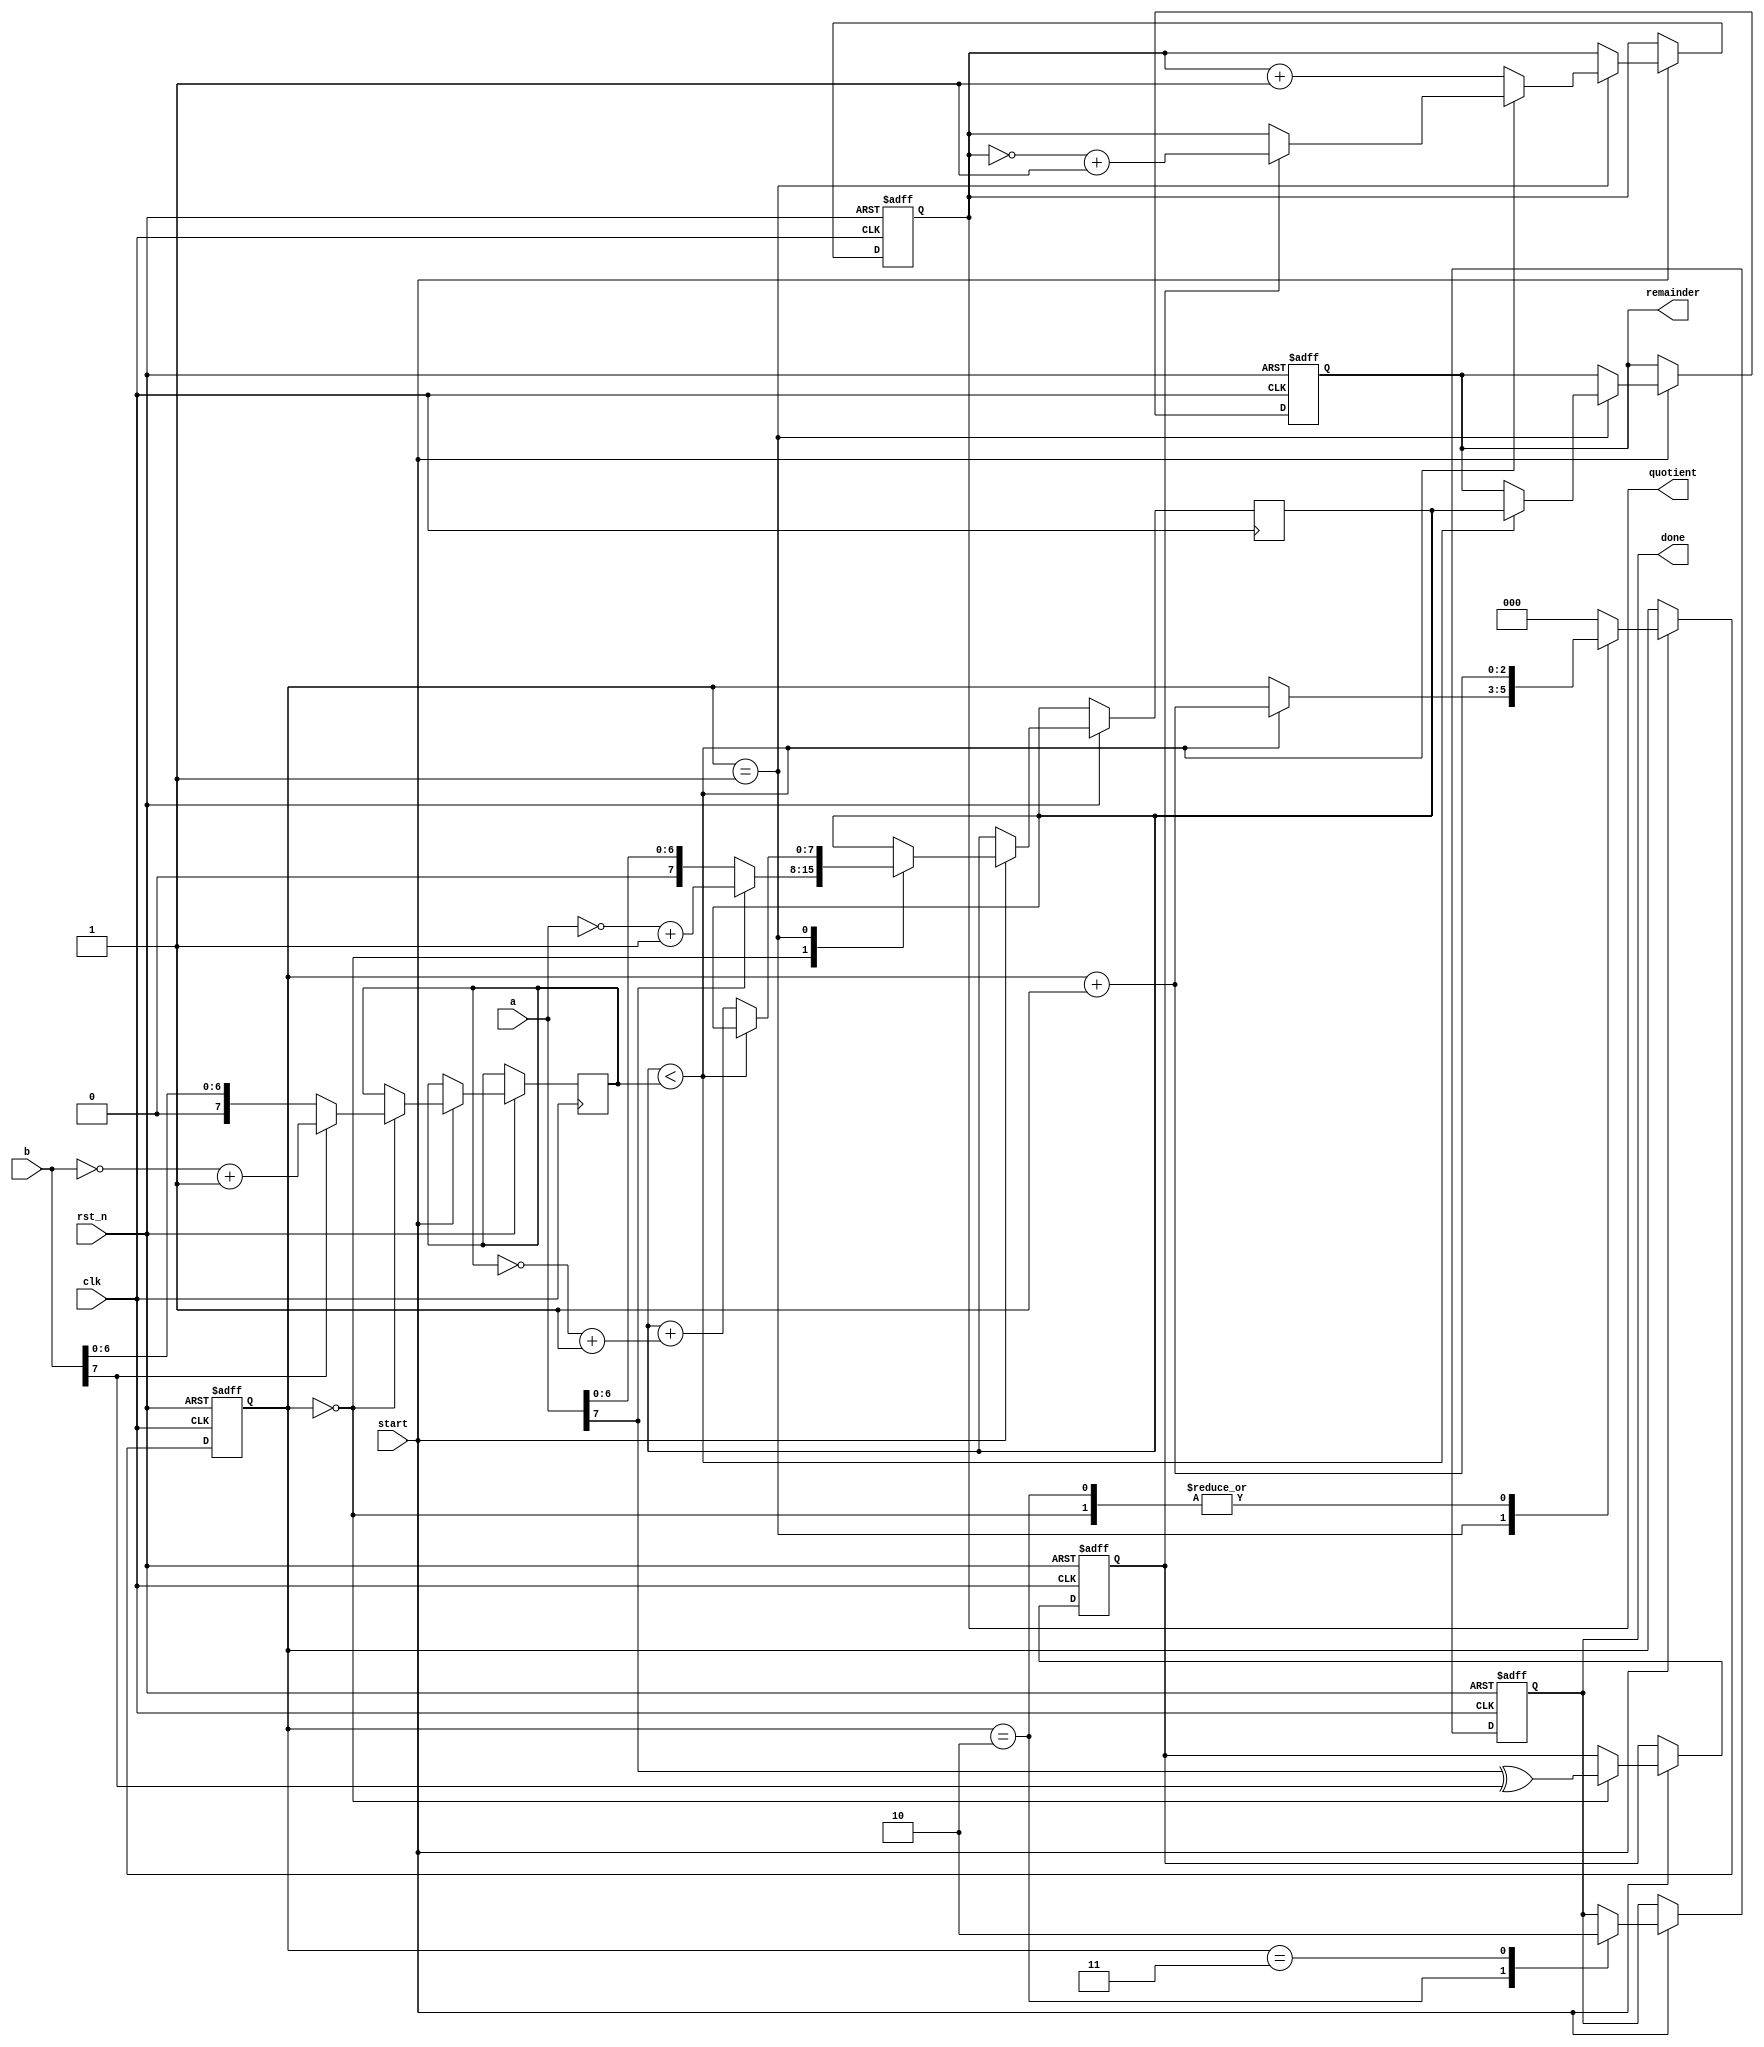
module debounce_l 
(
    input               rst_n       ,
    input               clk         ,
    input               start       ,
    input       [7:0]   a           ,
    input       [7:0]   b           ,

    output  reg         done        ,
    output  reg [7:0]   quotient    ,        
    output  reg [7:0]   remainder   
);  

    reg         [7:0]   a_temp      ;
    reg         [7:0]   b_temp      ;
    reg                 symbol      ;
    reg         [2:0]   k           ;

always @(posedge clk or negedge rst_n) begin
    if(!rst_n) begin
        quotient  <= 8'b0;
        remainder <= 8'b0;
        k         <= 3'b0;
        symbol    <= 1'b0;
        done      <= 1'b0;        
    end
    else if(start) begin
        case (k)
            0 : begin
                symbol <= a[7]^b[7];
                a_temp <= a[7] ? (~a + 8'b1) : a;
                b_temp <= b[7] ? (~b + 8'b1) : b;
                k      <= k + 3'b1;
            end 
            1 : begin
                if (a_temp < b_temp) begin
                    remainder <= a_temp;
                    quotient  <= symbol ? (~quotient + 8'b1) : quotient;
                    k         <= k + 3'b1;
                end
                else begin
                    a_temp   <= a_temp + (~b_temp + 8'b1);
                    quotient <= quotient + 8'b1;                    
                end
            end
            2 : begin
                done <= 1'b1;
                k    <= k + 3'b1;
            end
            3 : begin
                done <= 1'b0;
                k    <= 3'b0;
            end
            default : begin
                quotient  <= quotient;
                remainder <= remainder;
                k         <= 3'b0;
                symbol    <= symbol;
                done      <= done;                
            end 
        endcase
    end
end

endmodule